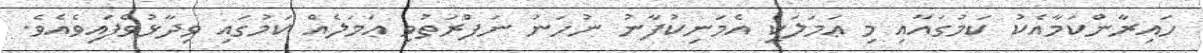
ހައިރާންކަމާއެކު ކަމުގައާއި މި ޢަމަލަކީ އެމަނިކުފާނު ނުހަނު ނަފްރަތުވި ޢަމަލެއް ކަމުގައި ވިދާޅުވެފައިވެއެވެ.